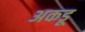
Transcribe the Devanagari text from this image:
अकडू